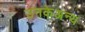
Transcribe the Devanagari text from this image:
उनकेअन्य